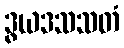
ဒွယဒသသတံ